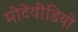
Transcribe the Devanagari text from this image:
मोटेवीडियो